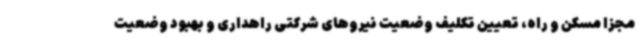
مجزا مسکن و راه، تعیین تکلیف وضعیت نیروهای شرکتی راهداری و بهبود وضعیت